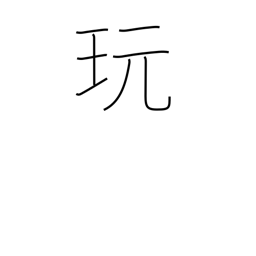
Meaning: play